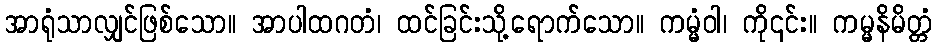
အာရုံသာလျှင်ဖြစ်သော။ အာပါထဂတံ၊ ထင်ခြင်းသို့ရောက်သော။ ကမ္မံဝါ၊ ကို၎င်း။ ကမ္မနိမိတ္တံ